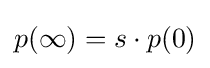
p(\infty )=s\cdot p(0)